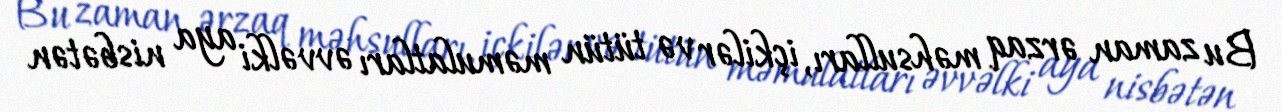
Bu zaman ərzaq məhsulları, içkilər və tütün məmulatları əvvəlki aya nisbətən